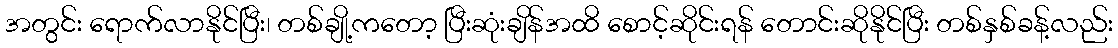
အတွင်း ရောက်လာနိုင်ပြီး၊ တစ်ချို့ကတော့ ပြီးဆုံးချိန်အထိ စောင့်ဆိုင်းရန် တောင်းဆိုနိုင်ပြီး တစ်နှစ်ခန့်လည်း